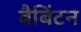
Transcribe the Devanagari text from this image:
बैबिंटन